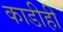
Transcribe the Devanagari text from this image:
काडीही